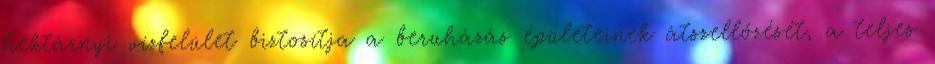
hektárnyi vízfelület biztosítja a beruházás épületeinek átszellőzését, a teljes